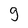
Character: g